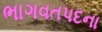
ભાગવતપદના